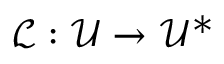
\mathcal { L } : \mathcal { U } \to \mathcal { U } ^ { * }